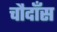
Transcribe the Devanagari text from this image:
चौदाँस